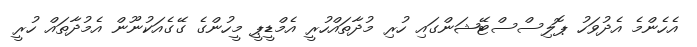
އެހެންމެ އެދުވަހު ޕޮލިސްސްޓޭޝަންގައި ހުރި މުދާތައްހުރީ އެމްޑީޕީ މީހުންގެ ގޭގެއަކުނޫން އެމުދާތައް ހުރީ